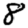
Digit: 8